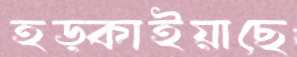
হড়্‌কাইয়াছে